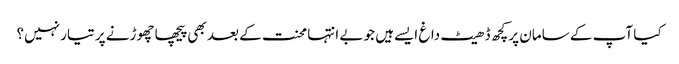
کیا آپ کے سامان پر کچھ ڈھیٹ داغ ایسےہیں جو بے انتہا محنت کے بعد بھی پیچھا چھوڑنے پر تیار نہیں؟